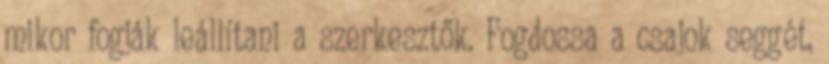
mikor fogják leállítani a szerkesztők. Fogdossa a csajok seggét,